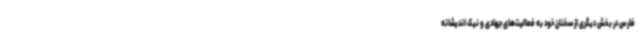
فارس در بخش دیگری از سخنان خود به فعالیت‌های جهادی و نیک اندیشانه